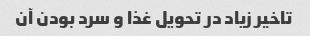
تاخیر زیاد در تحویل غذا و سرد بودن آن